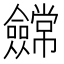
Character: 𭀕